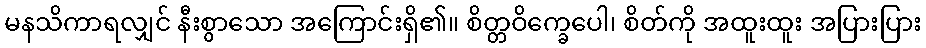
မနသိကာရလျှင် နီးစွာသော အကြောင်းရှိ၏။ စိတ္တဝိက္ခေပေါ၊ စိတ်ကို အထူးထူး အပြားပြား